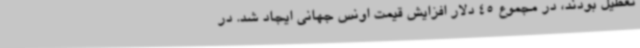
تعطیل بودند، در مجموع 45 دلار افزایش قیمت اونس جهانی ایجاد شد. در